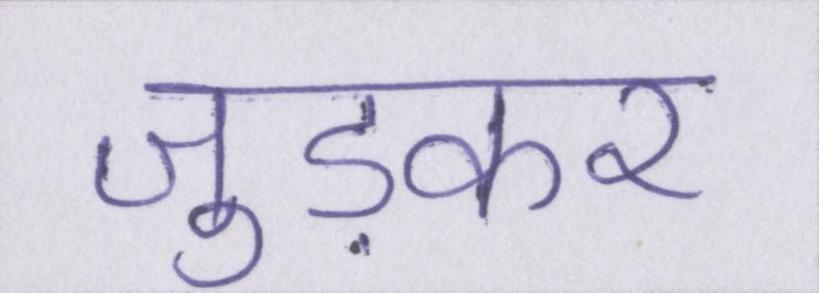
जुड़कर